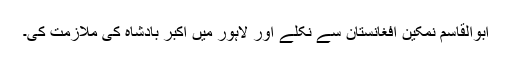
ابوالقاسم نمکین افغانستان سے نکلے اور لاہور میں اکبر بادشاہ کی ملازمت کی۔